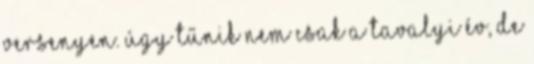
versenyen. Úgy tűnik nem csak a tavalyi év, de